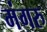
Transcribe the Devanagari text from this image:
मंगरु